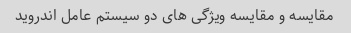
مقایسه و مقایسه ویژگی های دو سیستم عامل اندروید